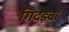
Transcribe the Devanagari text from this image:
गिदड़वा